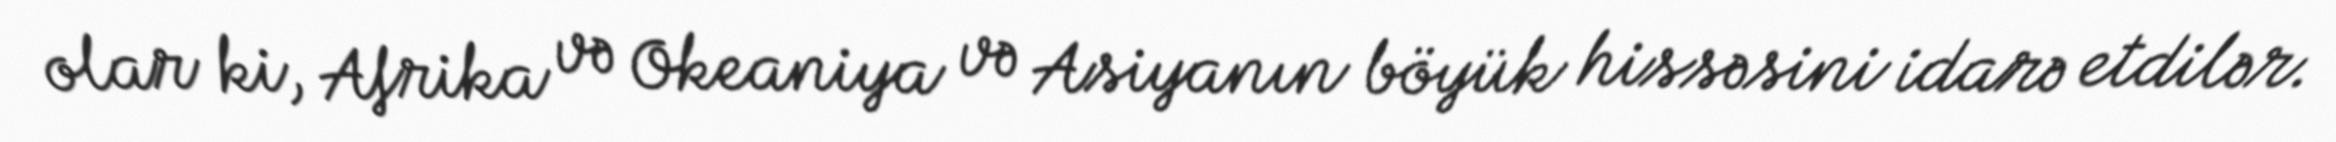
olar ki, Afrika və Okeaniya və Asiyanın böyük hissəsini idarə etdilər.